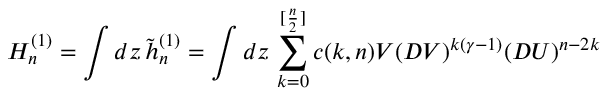
H _ { n } ^ { ( 1 ) } = \int d z \, \tilde { h } _ { n } ^ { ( 1 ) } = \int d z \, \sum _ { k = 0 } ^ { [ { \frac { n } { 2 } } ] } c ( k , n ) V ( D V ) ^ { k ( \gamma - 1 ) } ( D U ) ^ { n - 2 k }